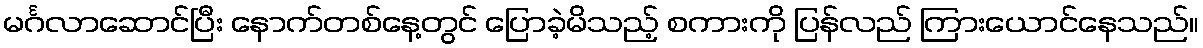
မင်္ဂလာဆောင်ပြီး နောက်တစ်နေ့တွင် ပြောခဲ့မိသည့် စကားကို ပြန်လည် ကြားယောင်နေသည်။